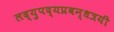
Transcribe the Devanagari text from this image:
लद्युपद्यप्रबन्धत्रयी